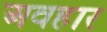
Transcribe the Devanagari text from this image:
अवहार